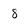
Character: 8